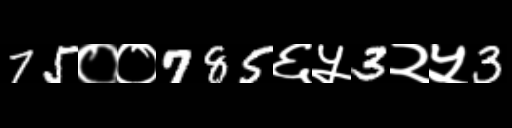
Text: 75००785६५3२५3